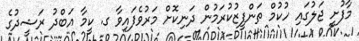
މާފުށީ ޖަލުގައި ހުކުމް ތަންފީޒުކުރަމުން ދަނިކޮށް މަރުވެފައިވާ ގ. ކީމާ އަބްދު ރަޝީދުގެ